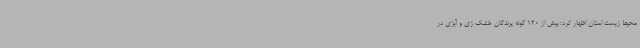
محیط زیست استان اظهار کرد: بیش از 120 گونه پرندگان خشک زی و آبزی در